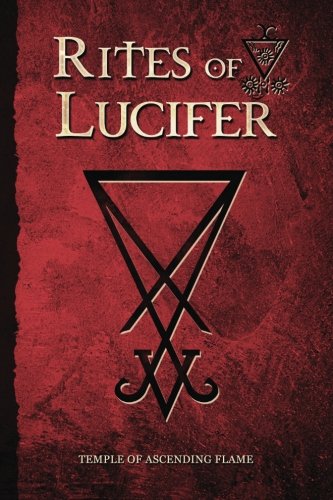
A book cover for Rites of Lucifer; Asenath Mason; Religion & Spirituality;